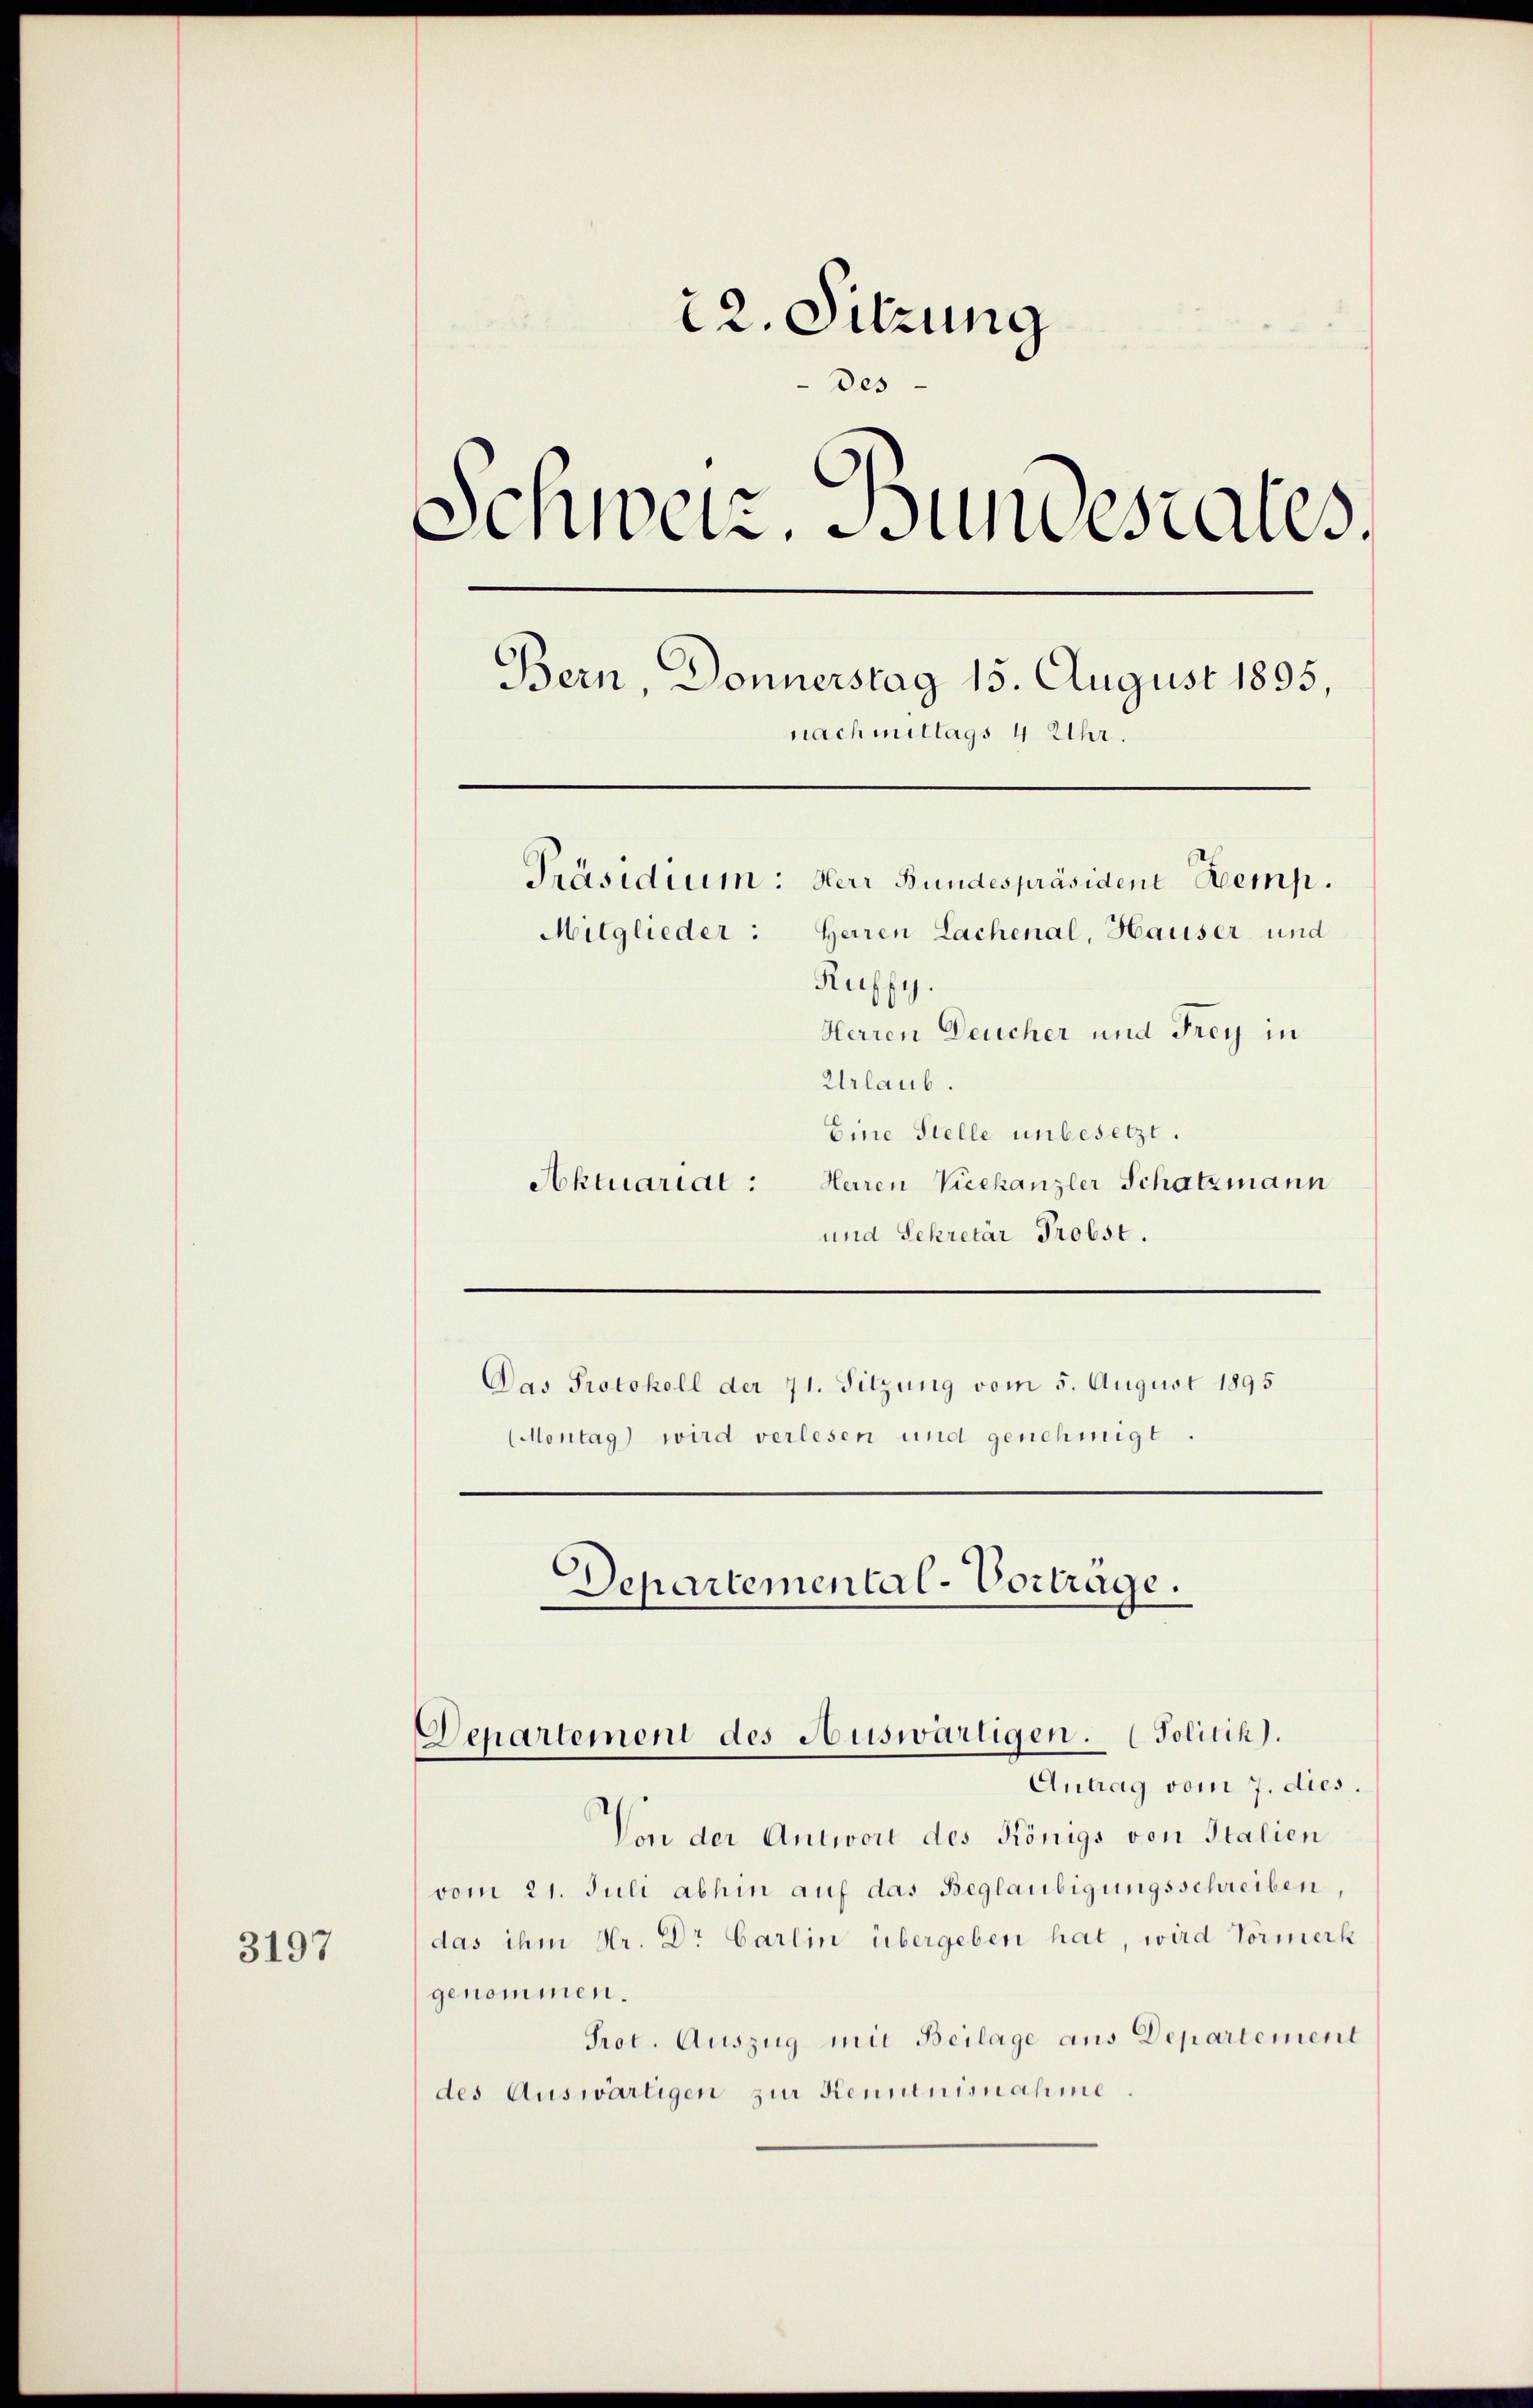
3197

22. Sitzung
des
Schweiz. Bundesrates.
Bern, Donnerstag 15. August 1895,
nachmittags 4 Uhr.
Präsidium: Herr Bundespräsident Kemp.
Mitglieder: Herren Lachenal, Hauser und
Ruffy.
Herren Deucher und Frey in

Urlaub.
Eine Stelle unbesetzt.
Herren Viechanzler Schatzmann
Aktuariat :
und Sekretär Probst.
Das Protokoll der 71. Sitzung vom 5. August 1895
(Montag wird verlesen und genehmigt.

Departemental-Vorträge.
Departement des Auswärtigen. (Politik).
Antrag vom 7. dies.

Von der Antwort des Königs von Italien
vom 21. Juli abhin auf das Beglaubigungsschreiben,
das ihm Hr. Dr Carlin übergeben hat, wird Vormerk
genommen.
Prot. Auszug mit Beilage aus Departement
des Auswärtigen zur Kenntnisnahme.